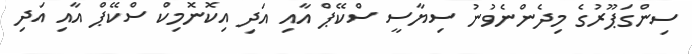
ސިންގަޕޫރުގެ މިދެންނެވުނު ސިޔާސީ ސްކޭޕް އާއި އަދި އިކޮނޮމިކް ސްކޭޕް އާއި އަދި